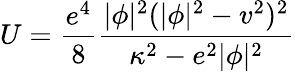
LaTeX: U=\frac{e^{4}}8\frac{|\phi|^{2}(|\phi|^{2}-v^{2})^{2}}{{\kappa^{2}}-e^{2}|\phi|^{2}}